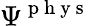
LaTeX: \Psi^{\mathrm{~p~h~y~s~}}